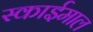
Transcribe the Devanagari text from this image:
स्काईमाल